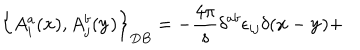
LaTeX: \left\{ A _ { i } ^ { a } ( { \bf x } ) , A _ { j } ^ { b } ( { \bf y } ) \right\} _ { D B } = - \frac { 4 \pi } { s } \delta ^ { a b } \epsilon _ { i j } \delta ( { \bf x } - { \bf y } ) +